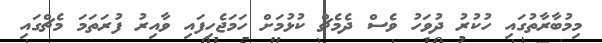
މިމުބާރާތުގައި ހުކުރު ދުވަހު ވެސް ދެމެޗް ކުޅުމަށް ހަމަޖެހިފައި ވާއިރު ފުރަތަމަ މެޗްގައި